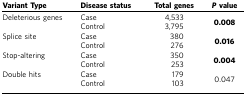
<table><thead><tr><td><b>Variant Type</b></td><td><b>Disease status</b></td><td><b>Total genes</b></td><td><b><i>P</i>value</b></td></tr></thead><tbody><tr><td>Deleterious genes</td><td>Case</td><td>4,533</td><td><b>0.008</b></td></tr><tr><td> </td><td>Control</td><td>3,795</td><td> </td></tr><tr><td>Splice site</td><td>Case</td><td>380</td><td><b>0.016</b></td></tr><tr><td> </td><td>Control</td><td>276</td><td> </td></tr><tr><td>Stop-altering</td><td>Case</td><td>350</td><td><b>0.004</b></td></tr><tr><td> </td><td>Control</td><td>253</td><td> </td></tr><tr><td>Double hits</td><td>Case</td><td>179</td><td>0.047</td></tr><tr><td> </td><td>Control</td><td>103</td><td> </td></tr></tbody></table>